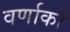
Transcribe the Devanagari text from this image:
वर्णाकों